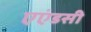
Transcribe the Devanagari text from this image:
एएंडसी